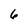
Character: 6